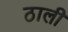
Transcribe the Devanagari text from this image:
ठाली